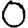
Digit: 0